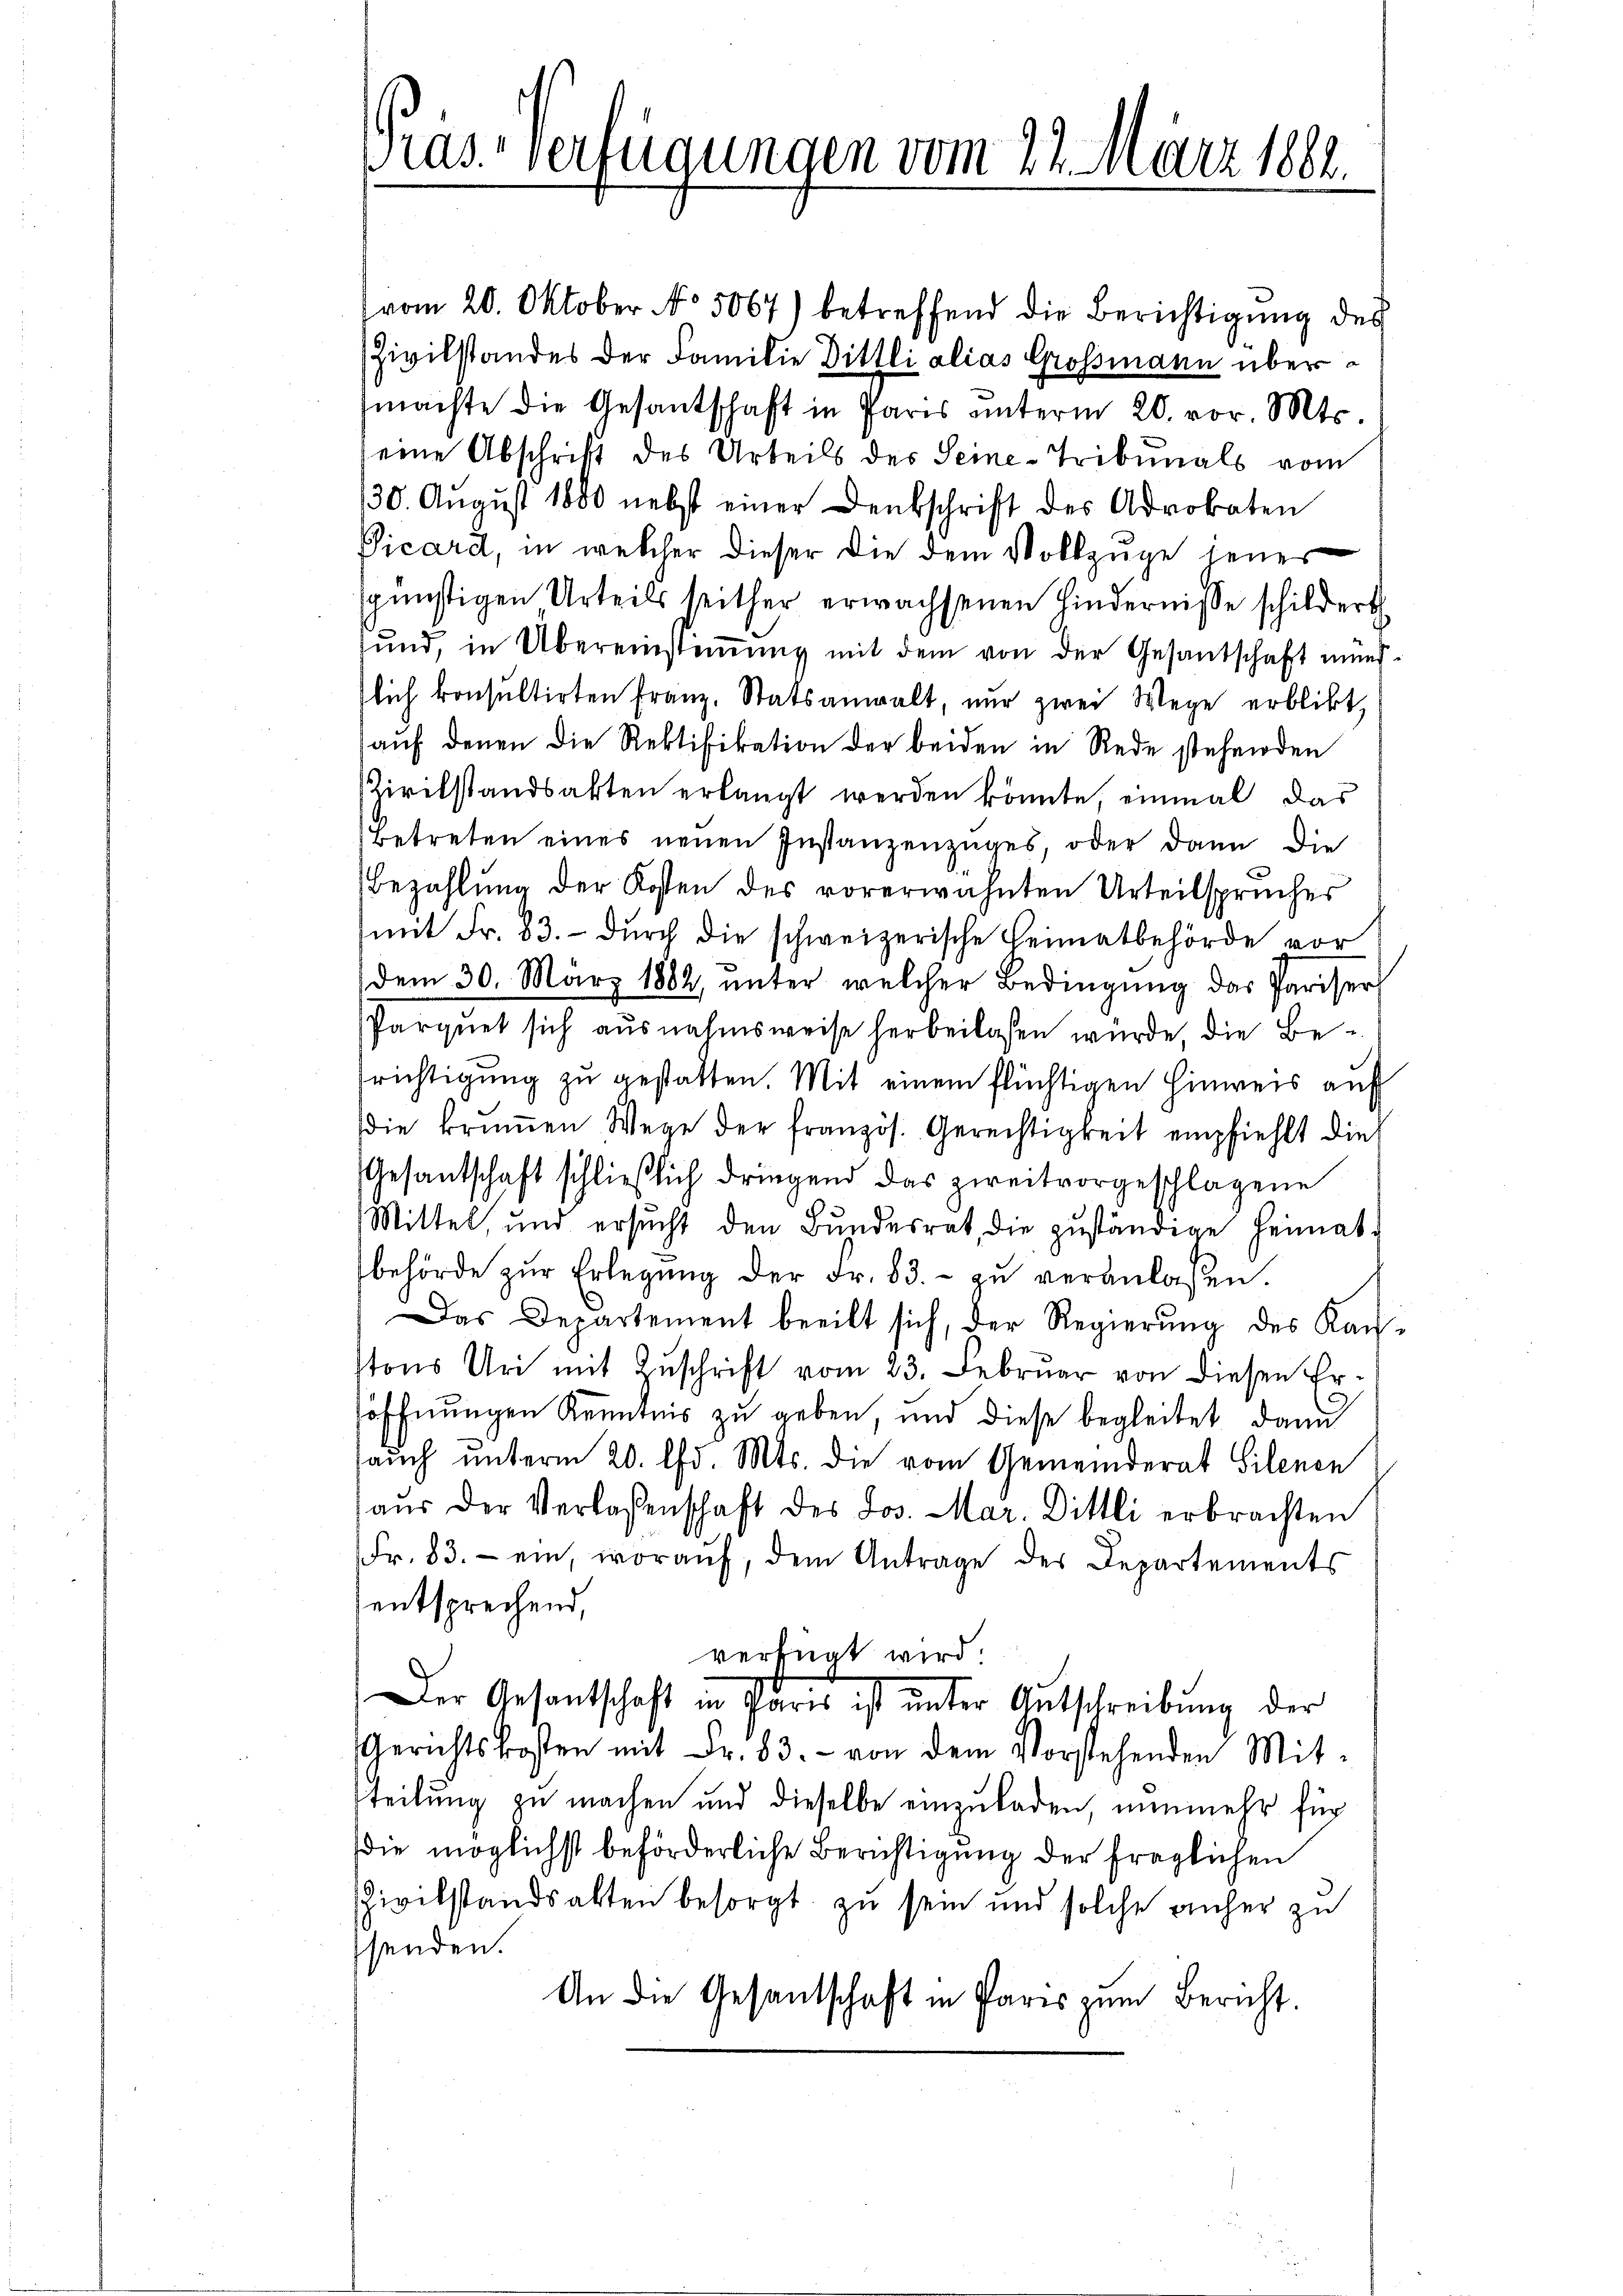
ras verfügungen vom 27. März 1882.

vom 20. Oktober No. 5067) betreffend die Berichtigung des
Zivilstandes der Familie Dittli alias Grossmann übermachte die Gesantschaft in Paris unterm 20. vor. Mts.
eine Abschrift des Urteils des Seine-Tribunals vom
130. Aŭgŭst 1800 nebst einer Denkschrift des Advokaten
Vicard, in welcher dieser die dem Vollzuge jener
spünstigen Urteils seither erwachsenen Hindernisse schildert
ŭnd, in Übereinstiṁŭng mit dem von der Gesandschaft mund-
lich konsultirten Franz, Statsanwalt, nur zwei Wege erblickt,
aŭf denen die Rektifikation der beiden in Rede stehenden
Zivilstandsakten erlangt werden könnte, einmal das
Betreten eines neuen Instanzenzuges, oder dann die
Bezahlung der Kosten des vorerwähnten Urteilspruches
(mit Fr. 83. durch die schweizerische Heimatbehörde vor
dem 30. März 1882, ŭnter welcher Bedingŭng das Pariser
Parquet sich ausnahmsweise herbeilassen würde, die Berichtigung zu gestatten. Mit einem flüchtigen Hinweis auf
die krumen Wege der französ. Gerechtigkeit empfiehlt die
Gesantschaft schließlich dringend das zweitvorgeschlagene
Mittel, und ersucht den Bundesrat, die zuständige Heimatbehörde zŭr Erlegung der Fr. 83.- zŭ veranlaßen.
Das Departement beeilt sich, der Regierung des Kantons Uri mit Zŭschrift vom 23. Febrŭar von diesen Er-
söffnungen Kenntnis zu geben, und diese begleitet, dann
auch unterm 20. d. Mts. die vom Gemeinderat Silenen
aus der Verlassenschaft des Jos. Mar. Dittli erbrachten
Fr. 83. ein, woraŭf, dem Antrage des Departements
entsprechend,
verfügt wird.
Der Gesantschaft in Paris ist unter Ausschreibung der
Gerichtskosten mit Fr. 83. von dem Vorstehenden Mit-
teilung zu machen und dieselbe einzuladen, nunmehr für
die möglichst beförderliche Berichtigung der fraglichen
Zivilstandsakten besorgt zu sein und solche anher zu
senden.
An die Gesandschaft in Paris zum Bericht.